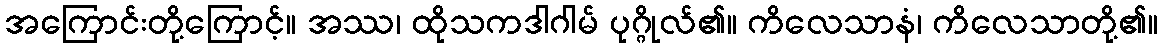
အကြောင်းတို့ကြောင့်။ အဿ၊ ထိုသကဒါဂါမ် ပုဂ္ဂိုလ်၏။ ကိလေသာနံ၊ ကိလေသာတို့၏။